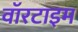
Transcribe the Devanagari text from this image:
वॉरटाइम